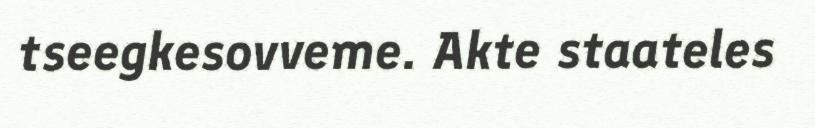
tseegkesovveme. Akte staateles